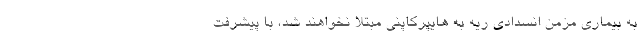
به بیماری مزمن انسدادی ریه به هایپرکاپنی مبتلا نخواهند شد، با پیشرفت